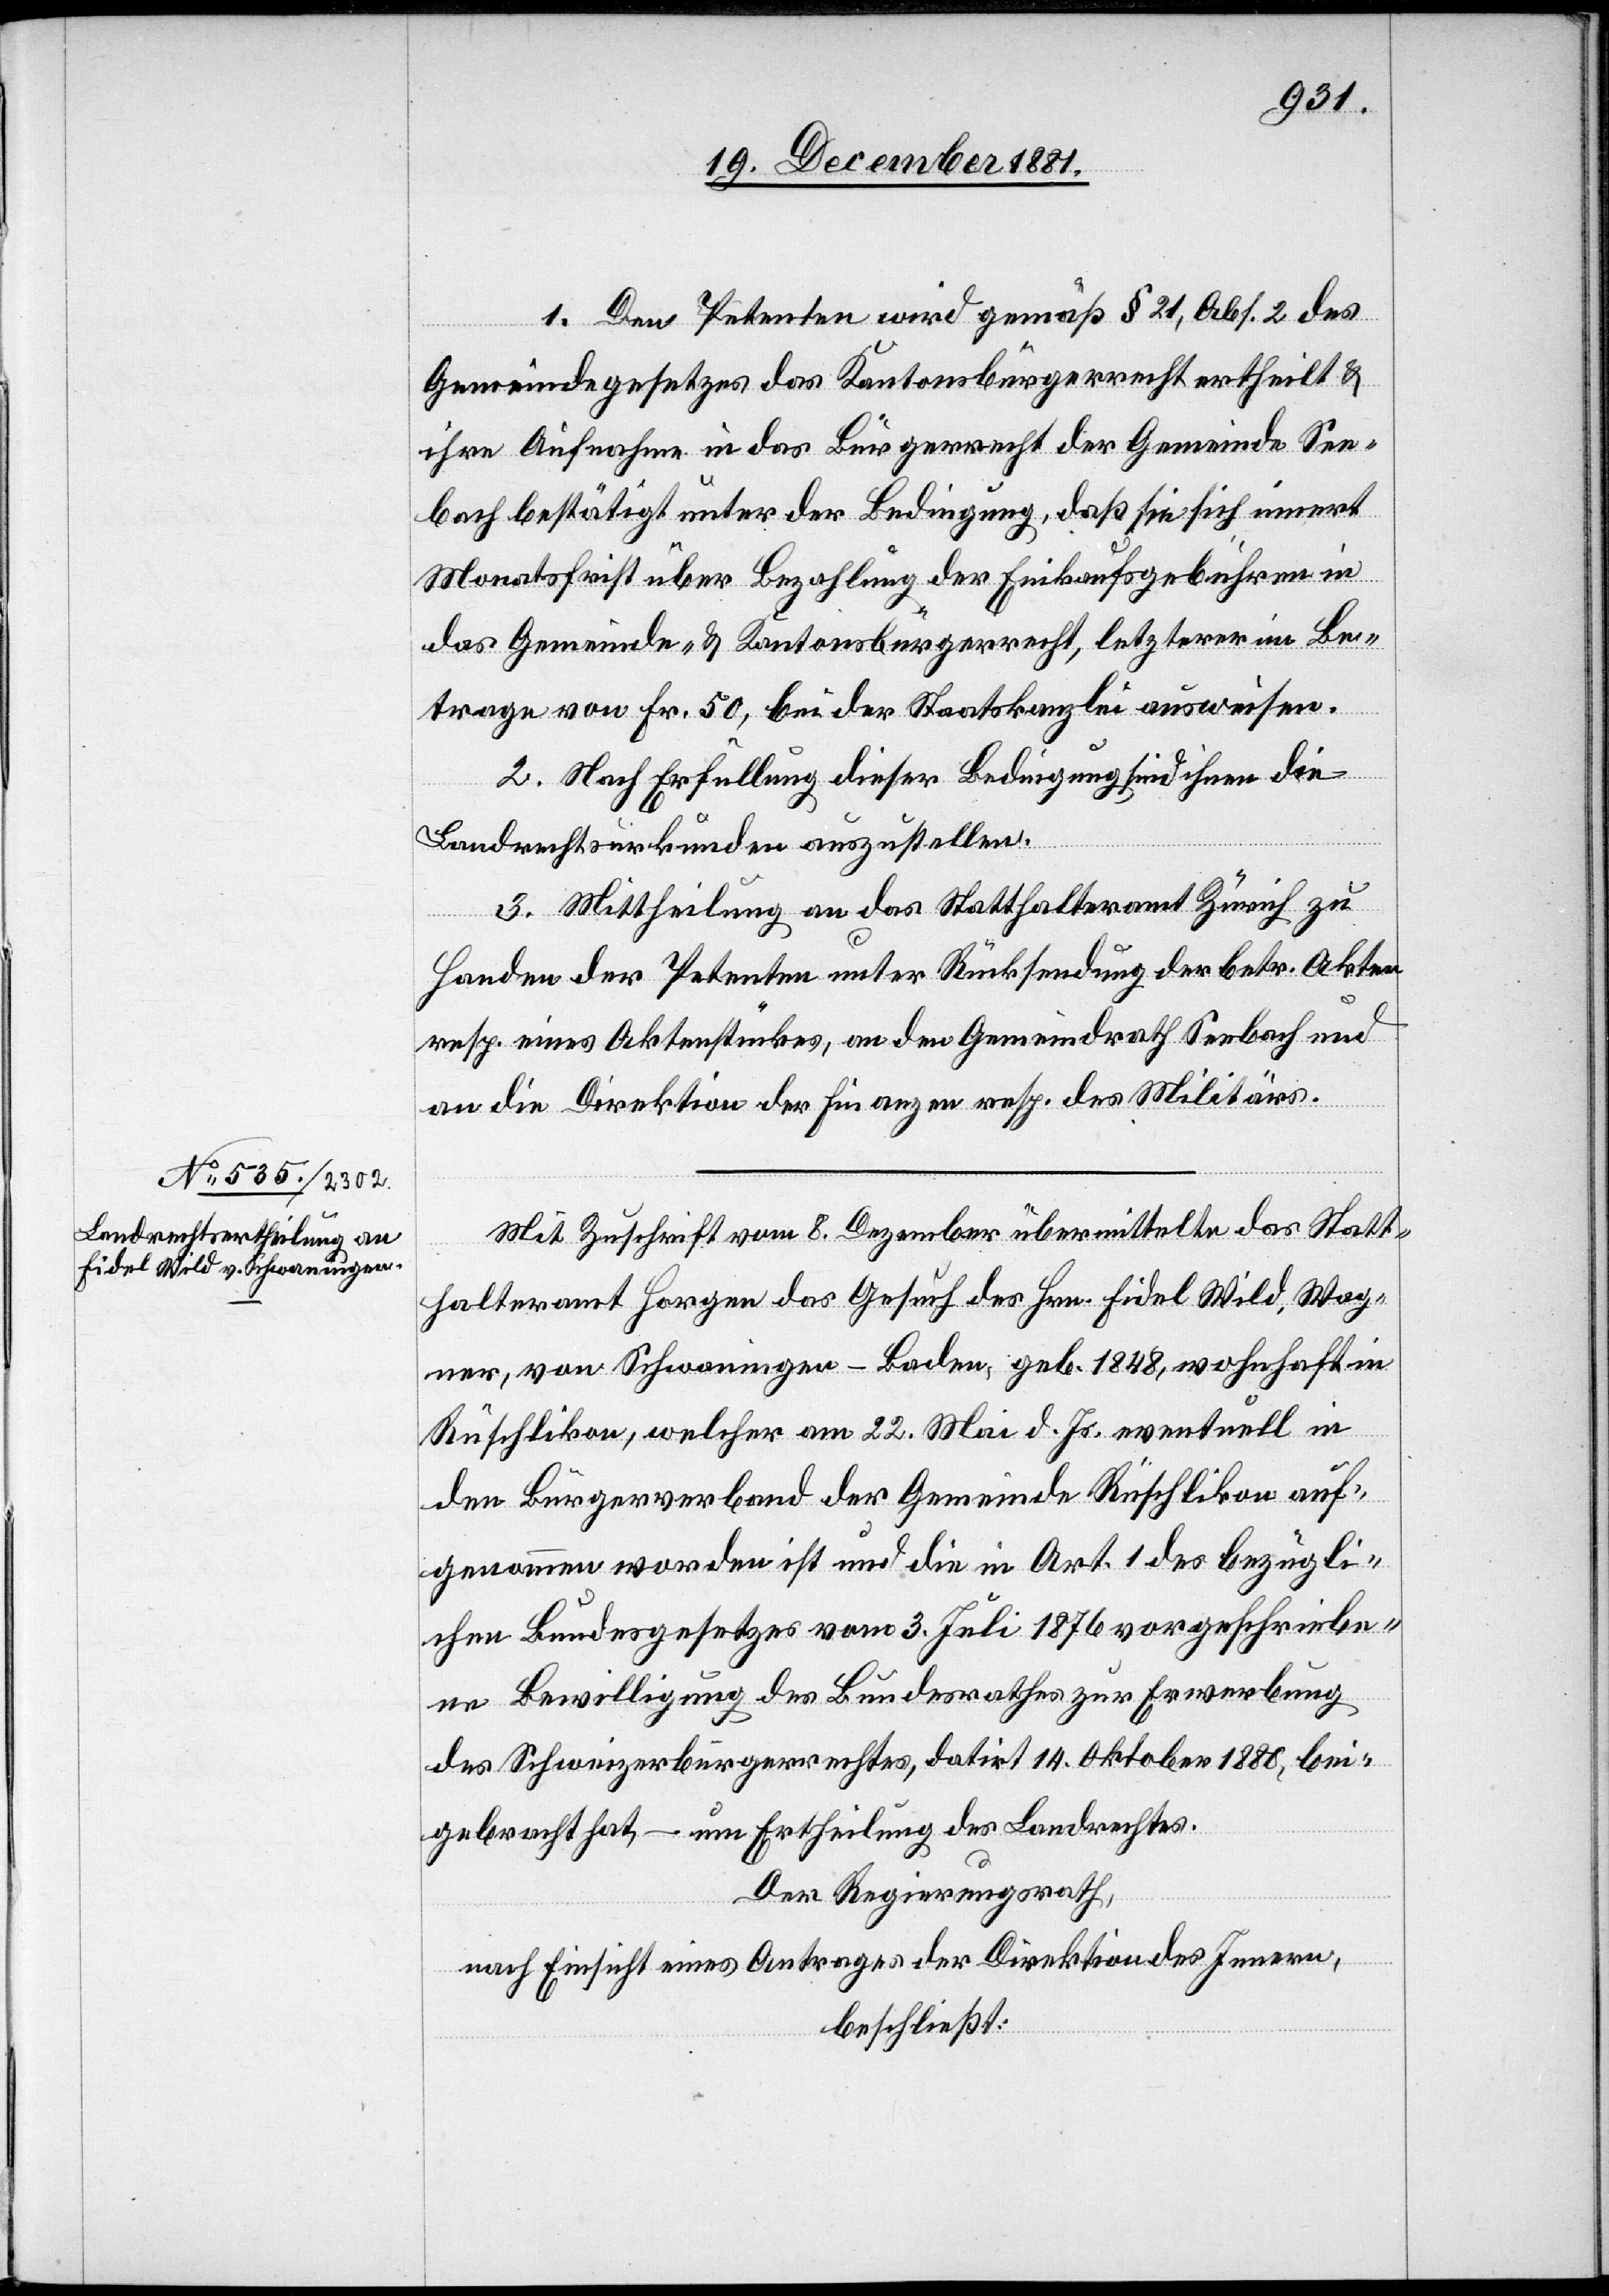
1. Den Petenten wird gemäß § 21, Abs. 2 des
Gemeindegesetzes das Kantonsbürgerrecht ertheilt &
ihre Aufnahme in das Bürgerrecht der Gemeinde See¬
bach bestätigt unter der Bedingung, daß sie sich innert
Monatsfrist über Bezahlung der Einkaufsgebühren in
das Gemeinde- & Kantonsbürgerrecht, letzterer im Be¬
trag von Fr. 50, bei der Staatskanzlei ausweisen.
2. Nach Erfüllung dieser Bedingung sind ihnen die
Landrechtskurkunden auszustellen.
3. Mittheilung an das Statthalteramt Zürich zu
Handen der Petenten unter Rücksendung der betr. Akten
resp. eines Aktenstückes, an den Gemeindrath Seebach und
an die Direktion der Finanzen resp. des Militärs.
Mit Zuschrift vom 8. Dezember übermittelte das Statt¬
halteramt Horgen das Gesuch des Hrn. Fidel Wild, Wag¬
ner, von Schwaningen - Baden, geb. 1848, wohnhaft in
Rüschlikon, welcher am 22. Mai d. Js. eventuell in
den Bürgerverband der Gemeinde Rüschlikon auf¬
genommen worden ist und die in Art. 1 des bezügli¬
chen Bundesgesetzes vom 3. Juli 1876 vorgeschriebe¬
n Bewilligung des Bundesrathes zur Erwerbung
des Schweizerbürgerrechtes, datirt 14. Oktober 1880, bei¬
gebracht hat, – um Ertheilung des Landrechtes.
Der Regierungsrath,
nach Einsicht eines Antrages der Direktion des Innern,
beschließt: